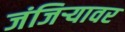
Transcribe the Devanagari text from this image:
जंजिऱ्यावर